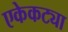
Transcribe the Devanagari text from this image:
एकेकट्या